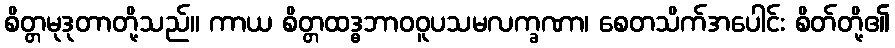
စိတ္တမုဒုတာတို့သည်။ ကာယ စိတ္တထဒ္ဓဘာဝဝူပသမလက္ခဏာ၊ စေတသိက်အပေါင်း စိတ်တို့၏